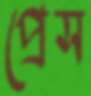
প্রেস